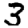
Digit: 3